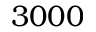
3 0 0 0